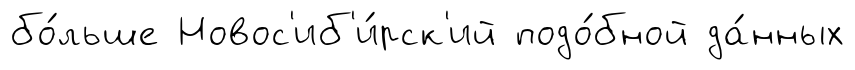
бо́льше Новос'иб'и́рск'ий подо́бной да́нных